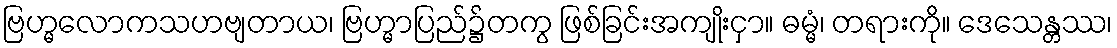
ဗြဟ္မလောကသဟဗျတာယ၊ ဗြဟ္မာပြည်၌တကွ ဖြစ်ခြင်းအကျိုးငှာ။ ဓမ္မံ၊ တရားကို။ ဒေသေန္တဿ၊